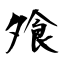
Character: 飧